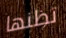
تظنها